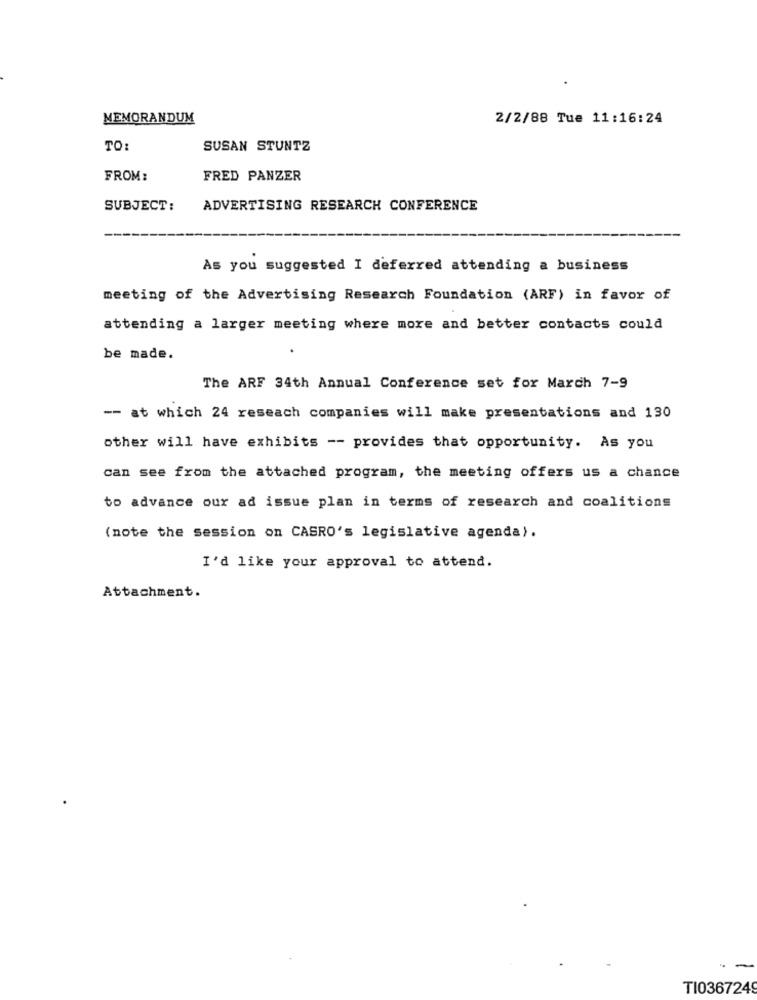
MEMORANDUM
2/2/88 Tue 11:16:24
TO:
SUSAN STUNTZ
FROM:
FRED PANZER
SUBJECT:
ADVERTISING RESEARCH CONFERENCE
As you suggested I deferred attending a business
meeting of the Advertising Research Foundation (ARF) in favor of
attending a larger meeting where more and better contacts could
be made.
The ARF 34th Annual Conference set for March 7-9
-- at which 24 reseach companies will make presentations and 130
other will have exhibits -- provides that opportunity. As you
can see from the attached program, the meeting offers us a chance
to advance our ad issue plan in terms of research and coalitions
(note the session on CASRO's legislative agenda).
I'd like your approval to attend.
Attachment.
TI0367249